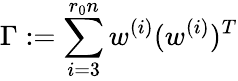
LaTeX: \Gamma:=\sum_{i=3}^{r_{0}n}w^{(i)}(w^{(i)})^{T}